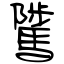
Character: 騭